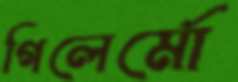
গিলের্মো